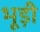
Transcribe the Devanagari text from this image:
भूड़ी